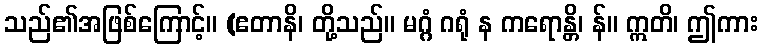
သည်၏အဖြစ်ကြောင့်။ (ဧတာနိ၊ တို့သည်။ မဂ္ဂံ ဂရုံ န ကရောန္တိ၊ န်။ ဣတိ၊ ဤကား